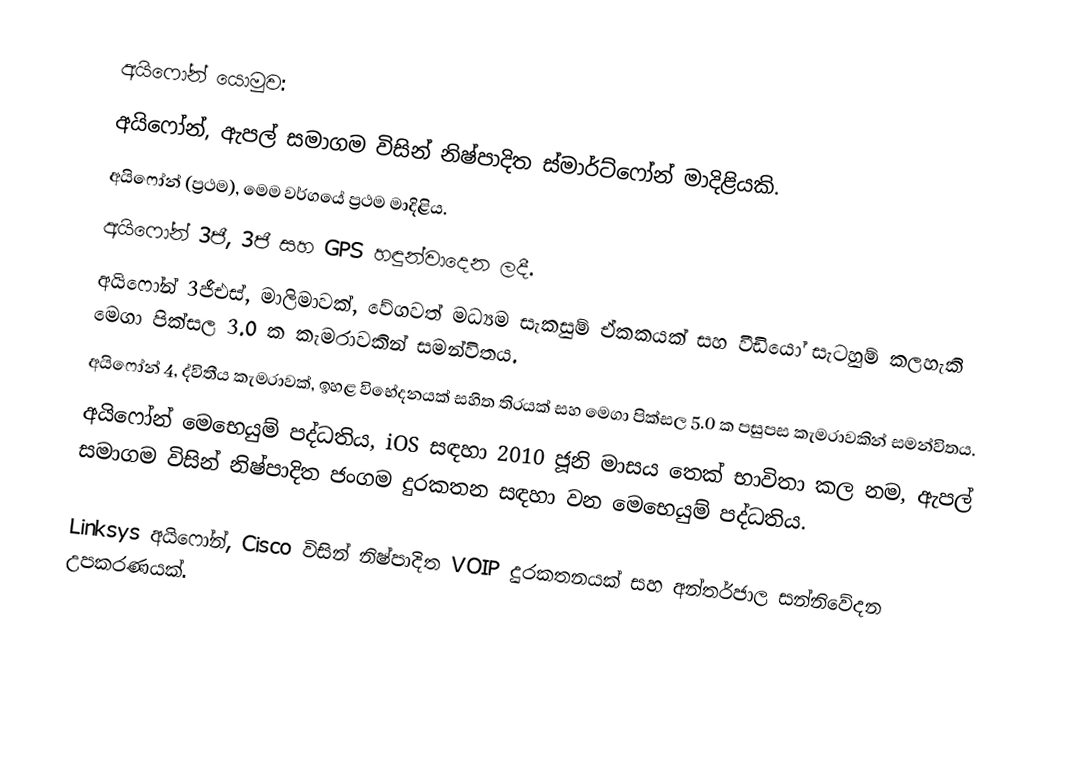
අයිෆෝන් යොමුව:
 අයිෆෝන්, ඇපල් සමාගම විසින් නිෂ්පාදිත ස්මාර්ට්ෆෝන් මාදිළියකි.
 අයිෆෝන් (ප්‍රථම), මෙම වර්ගයේ ප්‍රථම මාදිළිය.
 අයිෆෝන් 3ජී, 3ජී සහ GPS හඳුන්වාදෙන ලදී.
 අයිෆෝන් 3ජීඑස්, මාලිමාවක්, වේගවත් මධ්‍යම සැකසුම් ඒකකයක් සහ වීඩියෝ සැටහුම් කලහැකි මෙගා පික්සල 3.0 ක කැමරාවකින් සමන්විතය.
 අයිෆෝන් 4, ද්විතීය කැමරාවක්, ඉහළ විභේදනයක් සහිත තිරයක් සහ මෙගා පික්සල 5.0 ක පසුපස කැමරාවකින් සමන්විතය.
 අයිෆෝන් මෙභෙයුම් පද්ධතිය,   iOS සඳහා 2010 ජූනි මාසය තෙක් භාවිතා කල නම, ඇපල් සමාගම විසින් නිෂ්පාදිත ජංගම දුරකතන සඳහා වන මෙභෙයුම් පද්ධතිය.

 Linksys අයිෆෝන්, Cisco විසින් නිෂ්පාදිත VOIP දුරකතනයක් සහ අන්තර්ජාල සන්නිවේදන උපකරණයක්.